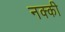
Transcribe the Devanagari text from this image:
नक्‍की